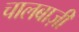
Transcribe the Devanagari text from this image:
चालबाज़ी